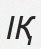
ІҚ